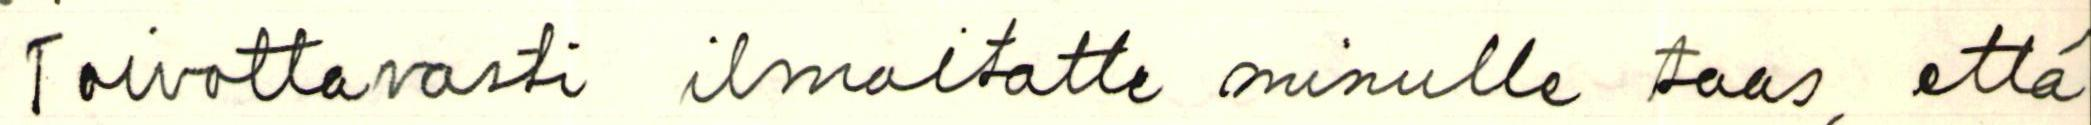
Toivottavasti ilmoitatte minulle taas, että